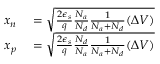
\begin{array} { r l } { x _ { n } } & { { } = { \sqrt { { \frac { 2 \epsilon _ { s } } { q } } { \frac { N _ { a } } { N _ { d } } } { \frac { 1 } { N _ { a } + N _ { d } } } ( \Delta V ) } } } \\ { x _ { p } } & { { } = { \sqrt { { \frac { 2 \epsilon _ { s } } { q } } { \frac { N _ { d } } { N _ { a } } } { \frac { 1 } { N _ { a } + N _ { d } } } ( \Delta V ) } } } \end{array}